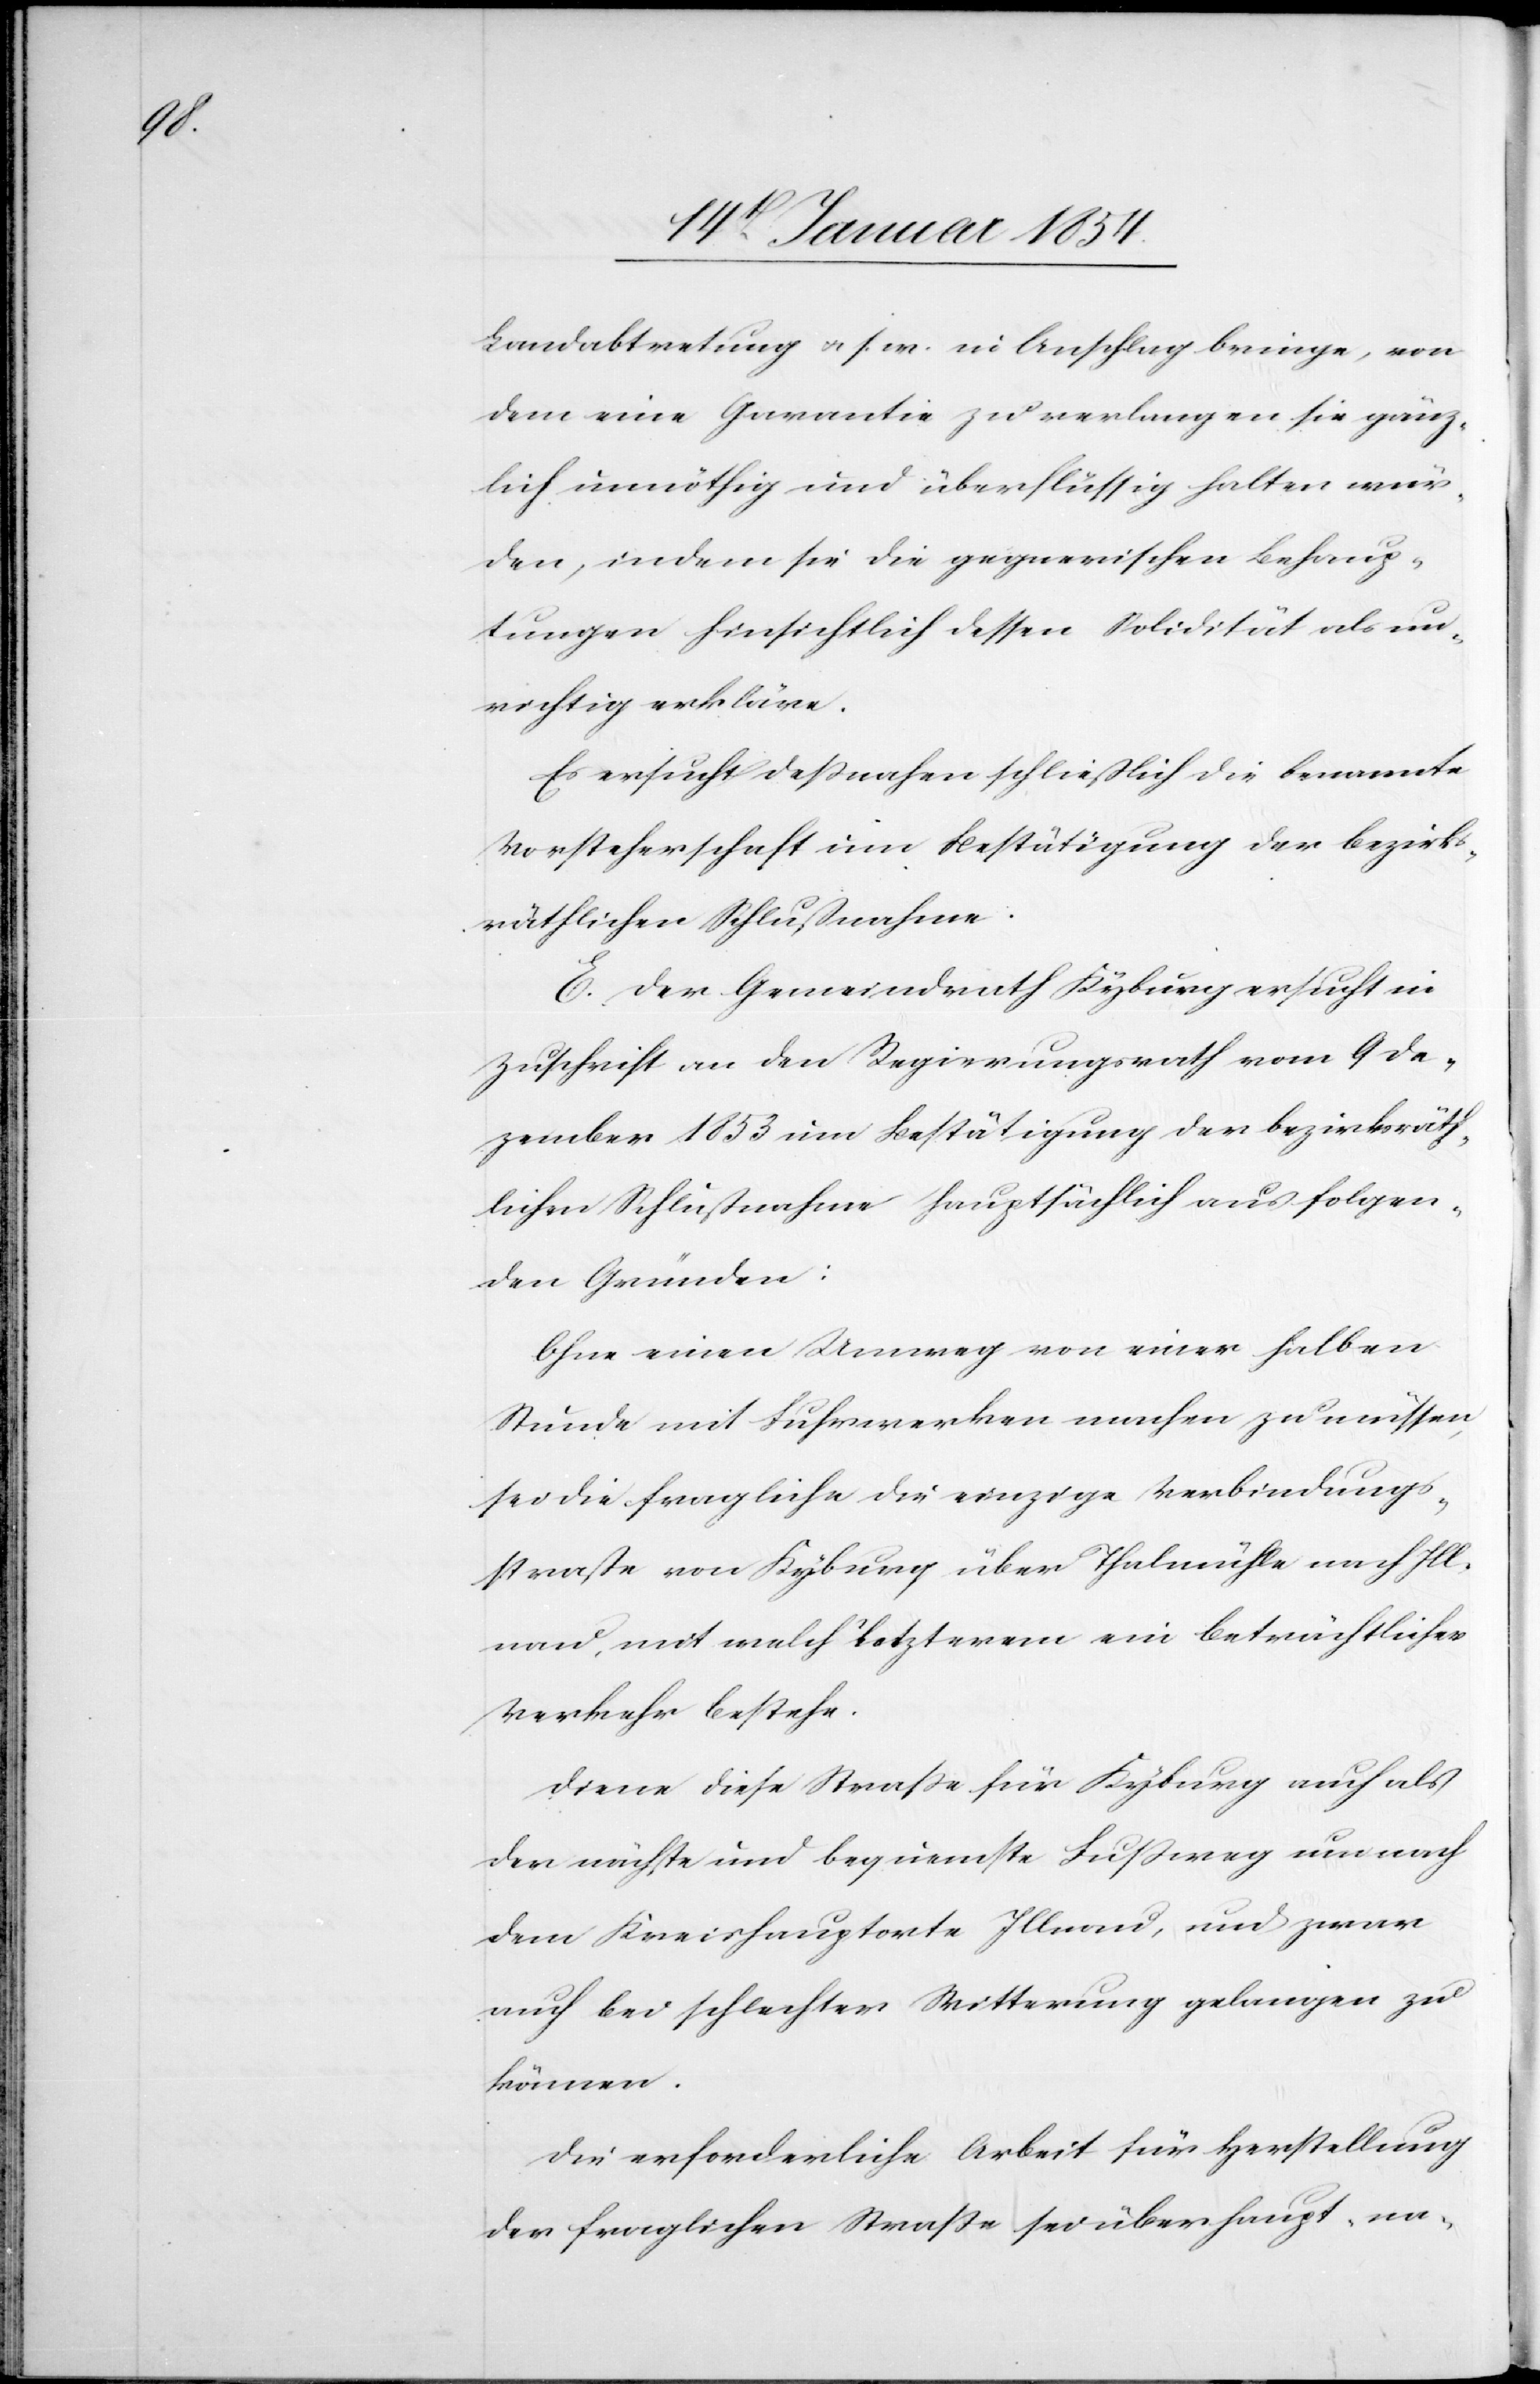
Landabtretung u. s. w. in Anschlag bringe, von
dem eine Garantie zu verlangen sie gänz¬
lich unnöthig und überflüssig halten wür¬
den, indem sie die gegnerischen Behaup¬
tungen hinsichtlich dessen Solidarität als un¬
richtig erklären.
Es ersucht deßnahen schließlich die benannte
Vorsteherschaft um Bestätigung der bezirks¬
räthlichen Schlußnahme.
E. Der Gemeindrath Kyburg ersucht in
Zuschrift an den Regierungsrath vom 9 De¬
zember 1853 um Bestätigung der bezirksräth¬
lichen Schlußnahme hauptsächlich aus folgen¬
den Gründen:
Ohne einen Umweg von einer halben
Stunde mit Fuhrwerken machen zu müssen,
sei die fragliche die einzige Verbindungs¬
straße von Kyburg über Thalmühle nach Ill¬
nau, mit welch letzterem ein beträchtlicher
Verkehr bestehe.
Diene diese Straße für Kyburg auch als
der nächste und bequemste Fußweg um nach
dem Kreishauptorte Illnau, und zwar
auch bei schlechter Witterung gelangen zu
können.
Die erforderliche Arbeit für Herstellung
der fraglichen Straße sei überhaupt na-